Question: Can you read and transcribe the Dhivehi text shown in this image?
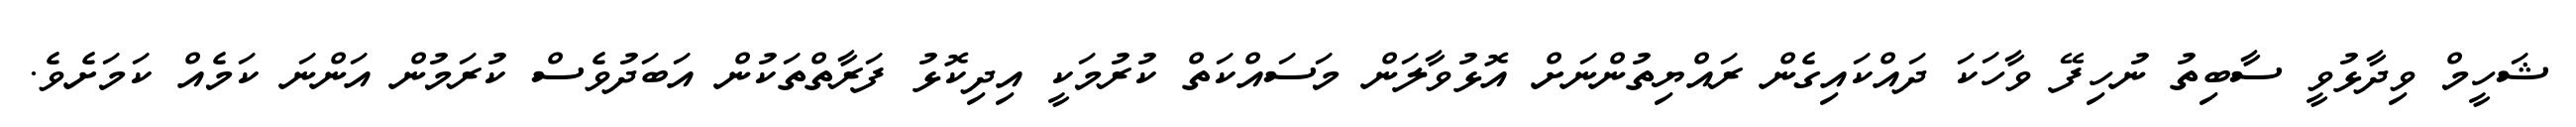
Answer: ޝަހީމް ވިދާޅުވީ ސާބިތު ނުހިފޭ ވާހަކަ ދައްކައިގެން ރައްޔިތުންނަށް އޮޅުވާލަން މަސައްކަތް ކުރުމަކީ އިދިކޮޅު ފަރާތްތަކުން އަބަދުވެސް ކުރަމުން އަންނަ ކަމެއް ކަމަށެވެ.